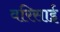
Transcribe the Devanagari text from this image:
वरिसाई